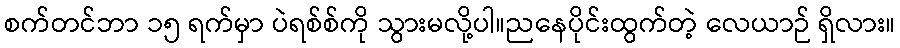
စက်တင်ဘာ ၁၅ ရက်မှာ ပဲရစ်စ်ကို သွားမလို့ပါ။ညနေပိုင်းထွက်တဲ့ လေယာဉ် ရှိလား။